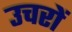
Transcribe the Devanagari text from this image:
उचरों